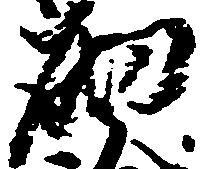
砌